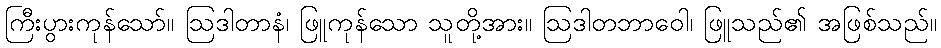
ကြီးပွားကုန်သော်။ ဩဒါတာနံ၊ ဖြူကုန်သော သူတို့အား။ ဩဒါတဘာဝေါ၊ ဖြူသည်၏ အဖြစ်သည်။